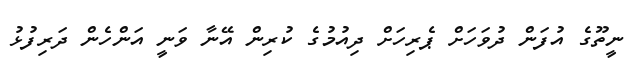
ނީތޫގެ އުފަން ދުވަހަށް ޕެރިހަށް ދިއުމުގެ ކުރިން އޭނާ ވަނީ އަންހެން ދަރިފުޅު